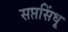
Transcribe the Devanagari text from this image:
सप्तसिंधू